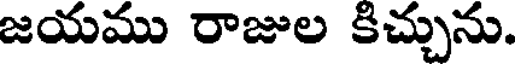
జయము రాజుల కిచ్చును.